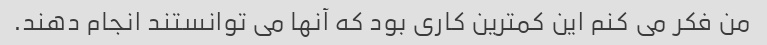
من فکر می کنم این کمترین کاری بود که آنها می توانستند انجام دهند.